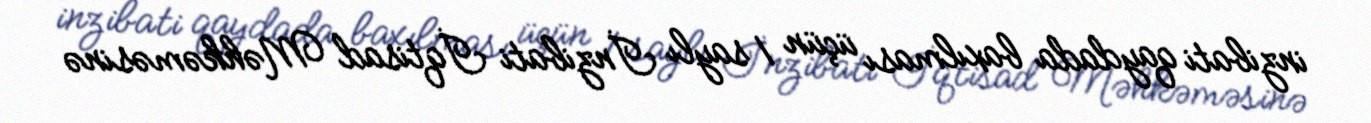
inzibati qaydada baxılması üçün 1 saylı İnzibati İqtisad Məhkəməsinə